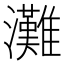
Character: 灘